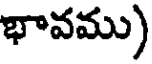
భావము)